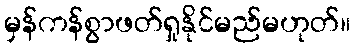
မှန်ကန်စွာဖတ်ရှုနိုင်မည်မဟုတ်။